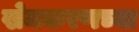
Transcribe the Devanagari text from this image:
खेमकरणच्या